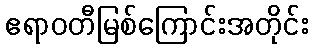
ဧရာဝတီမြစ်ကြောင်းအတိုင်း